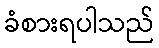
ခံစားရပါသည်